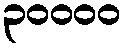
၃၀၀၀၀